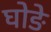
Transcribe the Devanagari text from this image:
घोङे